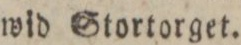
wid Stortorget.